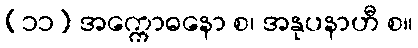
(၁၁) အက္ကောဓနော စ၊ အနုပနာဟီ စ။